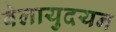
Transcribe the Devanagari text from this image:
वेलायुदयन